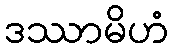
ဒဿာမိဟံ